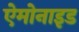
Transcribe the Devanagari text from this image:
ऐमोनाइड